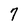
Character: 7